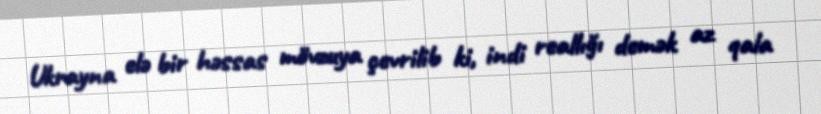
Ukrayna elə bir həssas mövzuya çevrilib ki, indi reallığı demək az qala